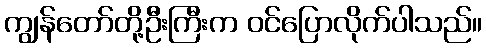
ကျွန်တော်တို့ဦးကြီးက ဝင်ပြောလိုက်ပါသည်။